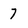
Character: 7